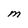
Character: M